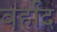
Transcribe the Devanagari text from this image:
बर्हाद